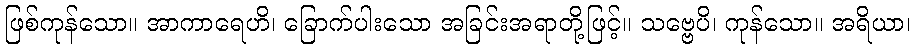
ဖြစ်ကုန်သော။ အာကာရေဟိ၊ ခြောက်ပါးသော အခြင်းအရာတို့ဖြင့်။ သဗ္ဗေပိ၊ ကုန်သော။ အရိယာ၊